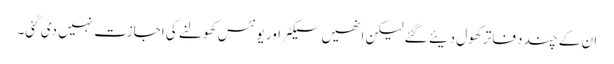
ان کے چند دفاتر کھول دیئے گئے لیکن انھیں سیکٹر اور یونٹس کھولنے کی اجازت نہیں دی گئی۔